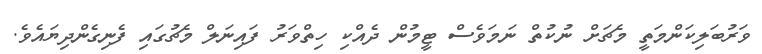
ވަރުބަލިކަންމަތީ މެޗަށް ނުކުތް ނަމަވެސް ޓީމުން ދެއްކި ހިތްވަރު ފައިނަލް މެޗުގައި ފެނިގެންދިޔައެވެ.